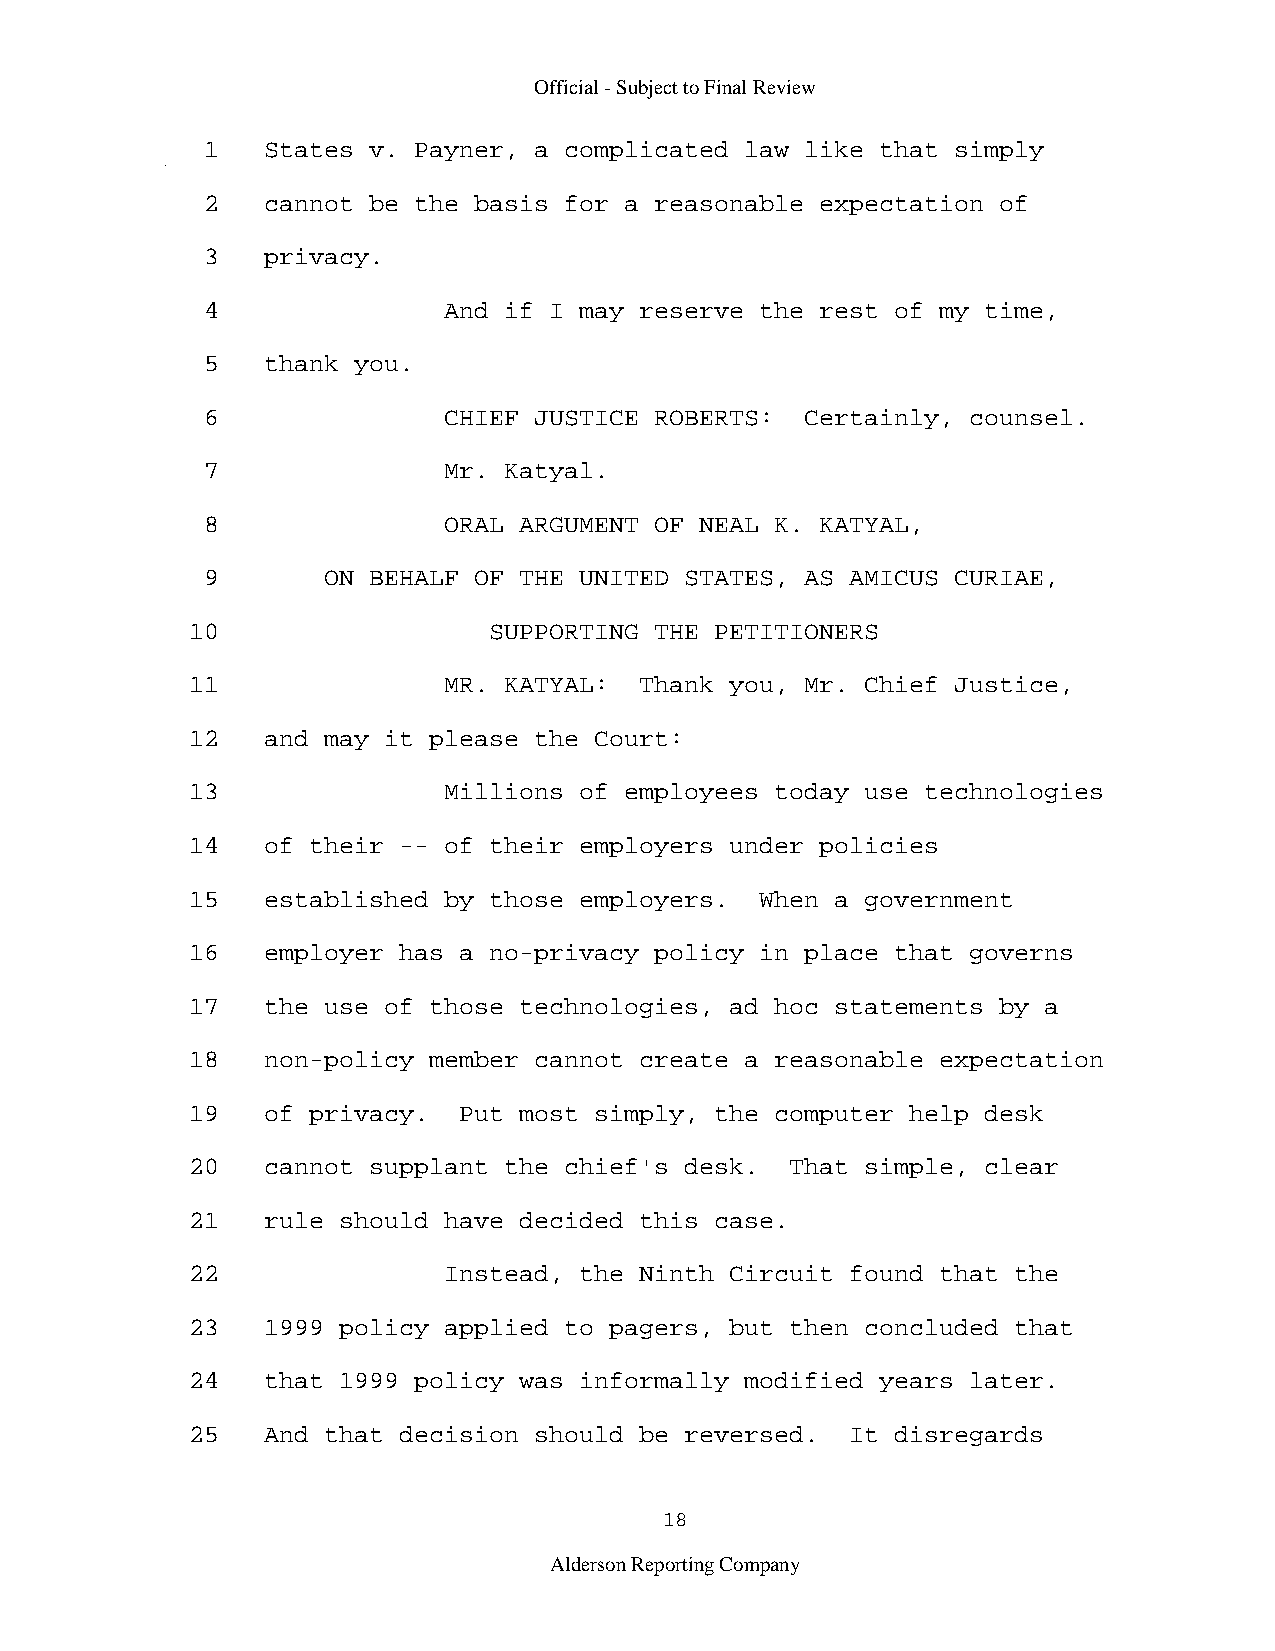
Official - Subject to Final Review
 1   States v. Payner, a complicated law like that simply
 2   cannot be the basis for a reasonable expectation of
 3   privacy.
 4               And if I may reserve the rest of my time,
 5   thank you.
 6               CHIEF JUSTICE ROBERTS:  Certainly, counsel.
 7               Mr. Katyal.
 8               ORAL ARGUMENT OF NEAL K. KATYAL,
 9       ON BEHALF OF THE UNITED STATES, AS AMICUS CURIAE,
 10                  SUPPORTING THE PETITIONERS
 11               MR. KATYAL:  Thank you, Mr. Chief Justice,
 12   and may it please the Court:
 13               Millions of employees today use technologies
 14   of their -- of their employers under policies
 15   established by those employers.  When a government
 16   employer has a no-privacy policy in place that governs
 17   the use of those technologies, ad hoc statements by a
 18   non-policy member cannot create a reasonable expectation
 19   of privacy.  Put most simply, the computer help desk
 20   cannot supplant the chief's desk.  That simple, clear
 21   rule should have decided this case.
 22               Instead, the Ninth Circuit found that the
 23   1999 policy applied to pagers, but then concluded that
 24   that 1999 policy was informally modified years later.
 25   And that decision should be reversed.  It disregards
 18
 Alderson Reporting Company